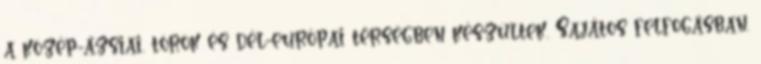
a közép-ázsiai, török és dél-európai térségben készültek. Sajátos felfogásban.